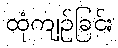
ထုံကျဉ်ခြင်း